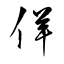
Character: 佯